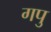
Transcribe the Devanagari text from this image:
गपु